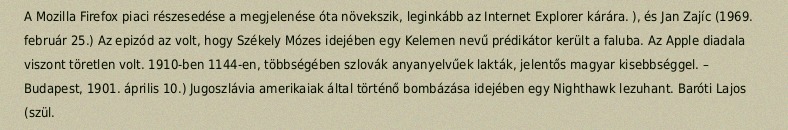
A Mozilla Firefox piaci részesedése a megjelenése óta növekszik, leginkább az Internet Explorer kárára. ), és Jan Zajíc (1969. február 25.) Az epizód az volt, hogy Székely Mózes idejében egy Kelemen nevű prédikátor került a faluba. Az Apple diadala viszont töretlen volt. 1910-ben 1144-en, többségében szlovák anyanyelvűek lakták, jelentős magyar kisebbséggel. – Budapest, 1901. április 10.) Jugoszlávia amerikaiak által történő bombázása idejében egy Nighthawk lezuhant. Baróti Lajos (szül.